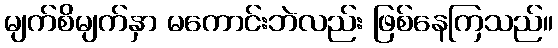
မျက်စိမျက်နှာ မကောင်းဘဲလည်း ဖြစ်နေကြသည်။